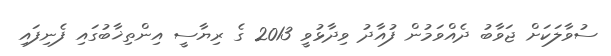
ސުވާލަކަށް ޖަވާބު ދެއްވަމުން ފުއާދު ވިދާޅުވީ 2013 ގެ ރިޔާސީ އިންތިޚާބުގައި ފެނިފައި